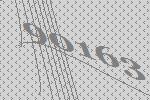
90163